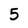
Character: 5